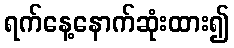
ရက်နေ့နောက်ဆုံးထား၍